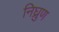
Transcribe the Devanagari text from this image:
निघ्रुण